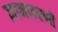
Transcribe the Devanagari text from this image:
ज्ञानावरणी